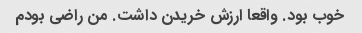
خوب بود. واقعا ارزش خریدن داشت. من راضی بودم